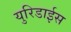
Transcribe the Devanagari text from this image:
युरिडाईस